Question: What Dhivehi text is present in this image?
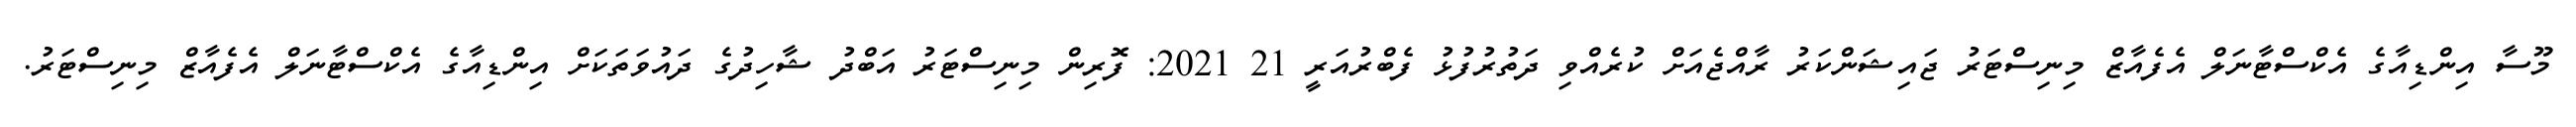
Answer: މޫސާ އިންޑިއާގެ އެކްސްޓާނަލް އެފެއާޒް މިނިސްޓަރު ޖައިޝަންކަރު ރާއްޖެއަށް ކުރެއްވި ދަތުރުފުޅު ފެބްރުއަރީ 21 2021: ފޮރިން މިނިސްޓަރު އަބްދު ޝާހިދުގެ ދައުވަތަކަށް އިންޑިއާގެ އެކްސްޓާނަލް އެފެއާޒް މިނިސްޓަރު.